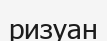
ризуан